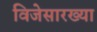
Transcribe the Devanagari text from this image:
विजेसारख्या